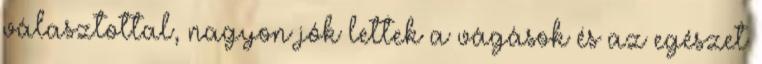
választottal, nagyon jók lettek a vágások és az egészet